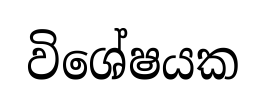
විශේෂයක